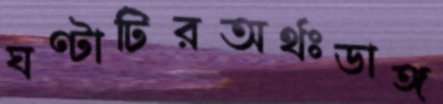
ঘণ্টাটিরঅর্থঃডাঙ্গ